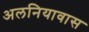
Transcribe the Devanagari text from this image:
अलनियावास